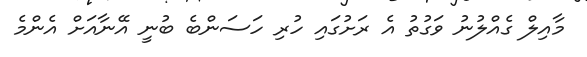
މާއިލް ގެއްލުނު ވަގުތު އެ ރަށުގައި ހުރި ހަސަންބެ ބުނީ އޭނާއަށް އެންމެ